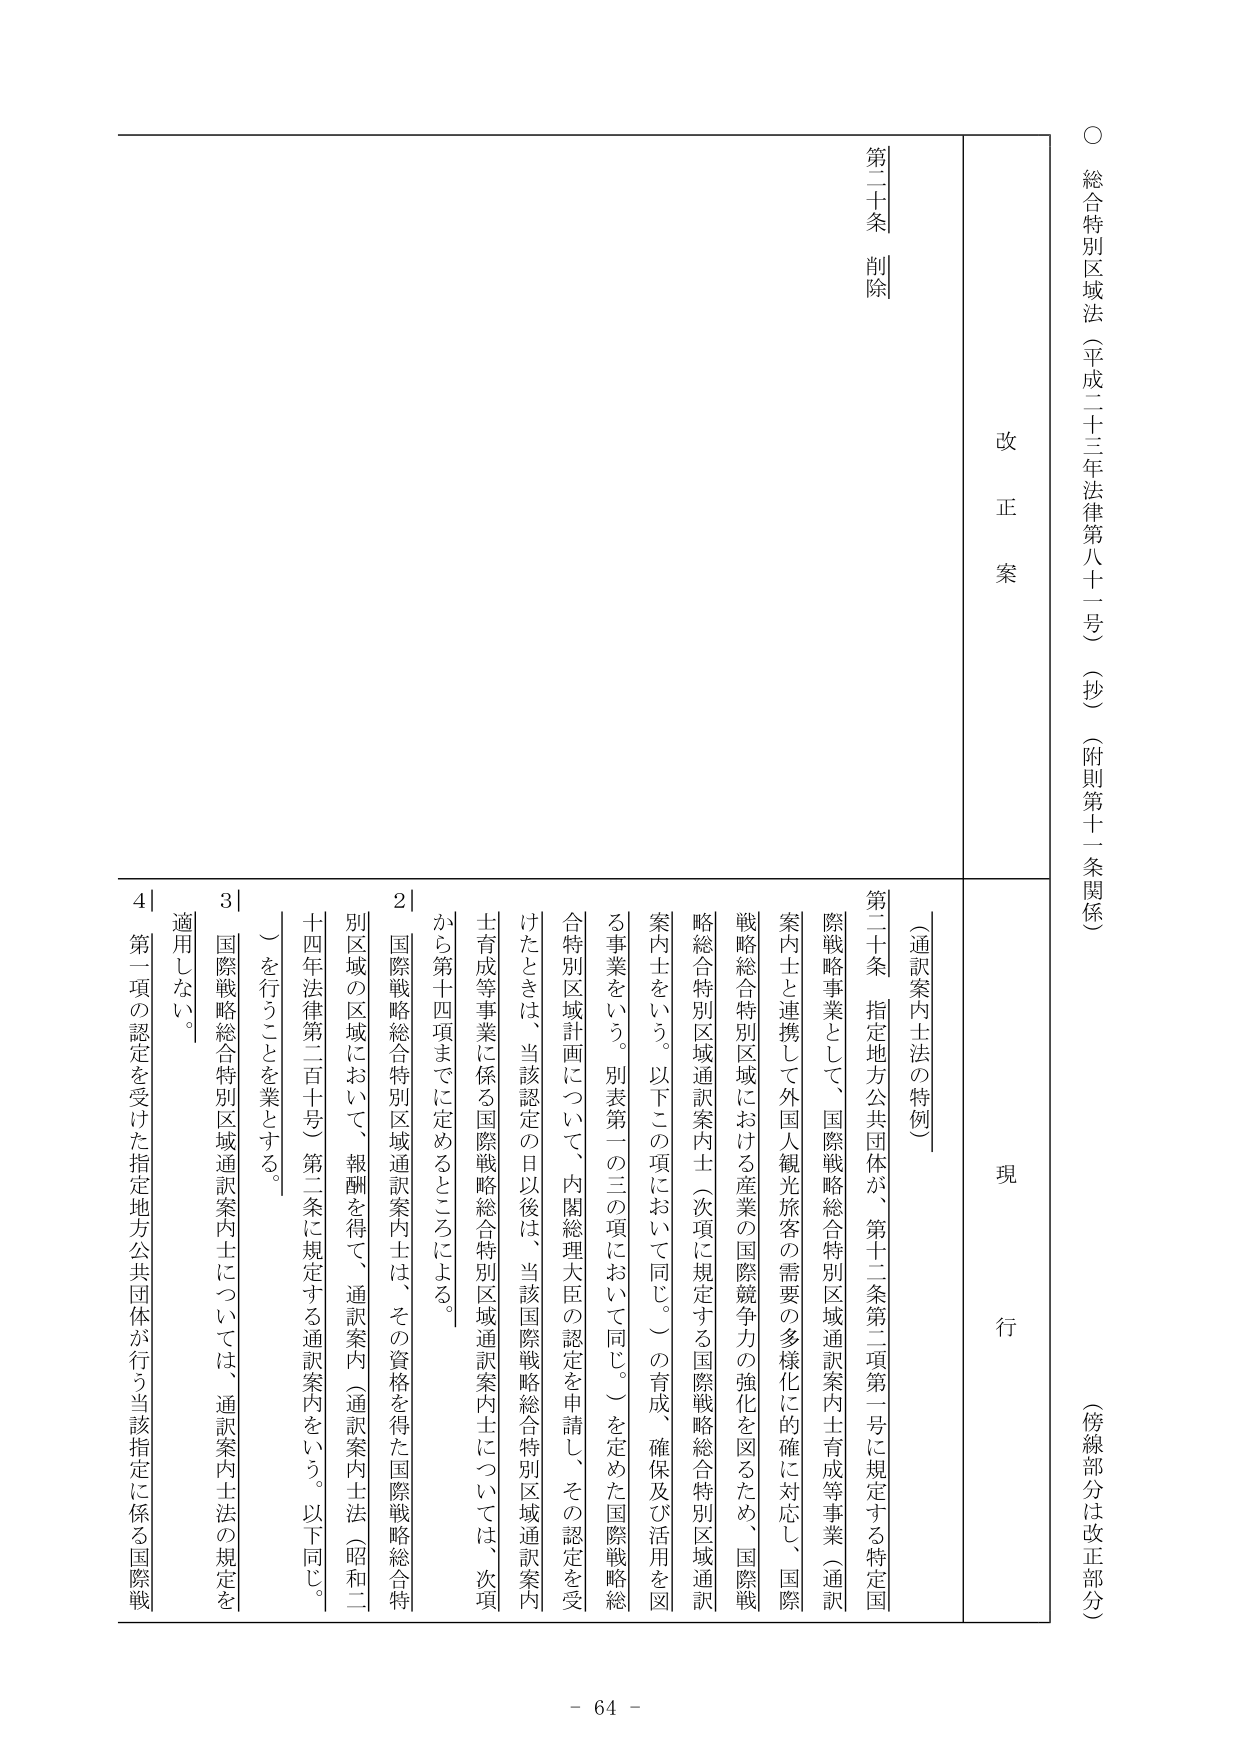
○ 総合特別区域法（平成二十三年法律第八十一号）（抄）（附則第十一条関係）
（傍線部分は改正部分）

改正案

第二十条 削除

現行

〔通訳案内士法の特例〕

第二十条 指定地方公共団体が、第十二条第二項第一号に規定する特定国際戦略事業として、国際戦略総合特別区域通訳案内士育成等事業（通訳案内士と連携して外国人観光旅客の需要の多様化に的確に対応し、国際戦略総合特別区域における産業の国際競争力の強化を図るため、国際戦略総合特別区域通訳案内士（次項に規定する国際戦略総合特別区域通訳案内士をいう。以下この項において同じ。）の育成、確保及び活用を図る事業をいう。別表第一の三の項において同じ。）を定めた国際戦略総合特別区域計画について、内閣総理大臣の認定を申請し、その認定を受けたときは、当該認定の日以後は、当該国際戦略総合特別区域通訳案内士育成等事業に係る国際戦略総合特別区域通訳案内士については、次項から第十四項までに定めるところによる。

2 国際戦略総合特別区域通訳案内士は、その資格を得た国際戦略総合特別区域の区域において、報酬を得て、通訳案内（通訳案内士法（昭和二十四年法律第二百十号）第二条に規定する通訳案内をいう。以下同じ。）を行うことを業とする。

3 国際戦略総合特別区域通訳案内士については、通訳案内士法の規定を適用しない。

4 第一項の認定を受けた指定地方公共団体が行う当該指定に係る国際戦

- 64 -